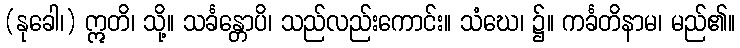
(နုခေါ၊) ဣတိ၊ သို့။ သင်္ခန္တောပိ၊ သည်လည်းကောင်း။ သံဃေ၊ ၌။ ကင်္ခတိနာမ၊ မည်၏။